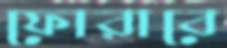
ফোরাবে